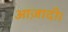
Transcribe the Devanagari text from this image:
आज़ादी।